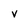
Character: v